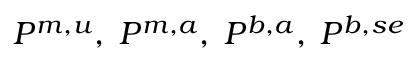
P ^ { m , u } , \; P ^ { m , a } , \; P ^ { b , a } , \; P ^ { b , s e }